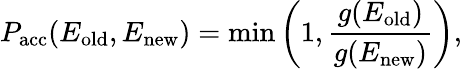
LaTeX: P_{\mathrm{acc}}(E_{\mathrm{old}},E_{\mathrm{new}})=\operatorname*{min}\left(1,\frac{g(E_{\mathrm{old}})}{g(E_{\mathrm{new}})}\right),